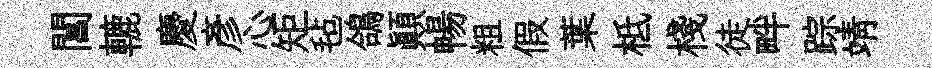
閶轆慶彦心矩毡鴿顛暢粗假葉柢棧徒畔踪靖